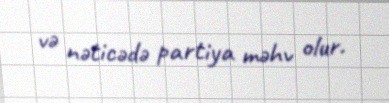
və nəticədə partiya məhv olur.